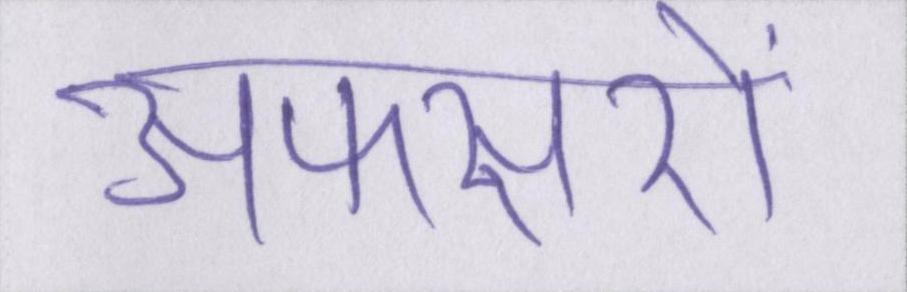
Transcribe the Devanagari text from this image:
अफसरों